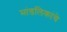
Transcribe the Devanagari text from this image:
मांडलिकांचे